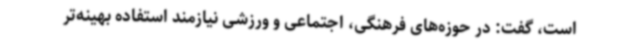
است، گفت: در حوزه‌های فرهنگی، اجتماعی و ورزشی نیازمند استفاده بهینه‌تر